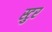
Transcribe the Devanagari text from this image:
स्टुर